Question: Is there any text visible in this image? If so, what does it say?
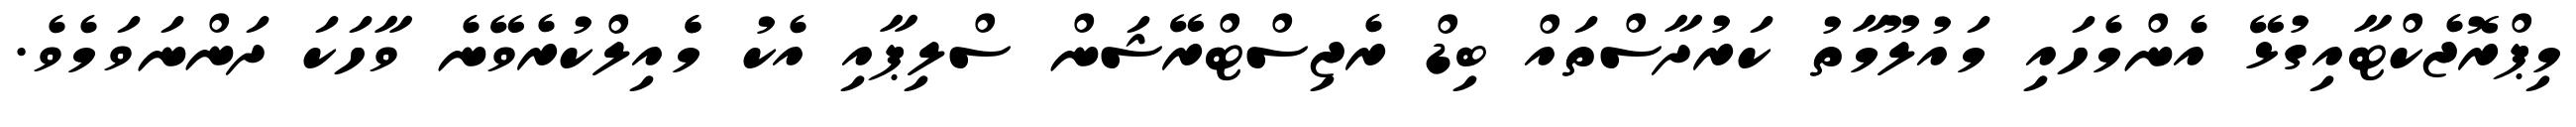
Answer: މިޕްރޮޖެކްޓާއިގުޅޭ އެންމެހައި މައުލޫމާތު ކަރުދާސްތައް ބިޑް ރެޖިސްޓްރޭޝަން ސްލިޕާއި އެކު މެެއިލްކުރެވޭނެ ވާހަކަ ދަންނަވަމެވެ.